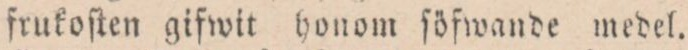
frukoſten gifwit honom ſöfwande medel.